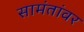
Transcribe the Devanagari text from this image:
सामंतांवर